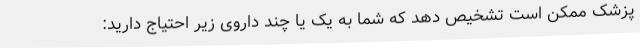
پزشک ممکن است تشخیص دهد که شما به یک یا چند داروی زیر احتیاج دارید: